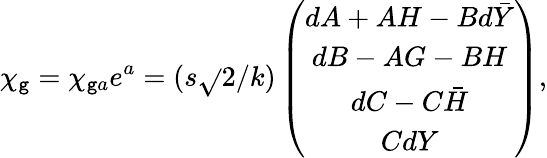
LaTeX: \chi_{\mathtt{g}}=\chi_{\mathtt{g}a}e^{a}=(s\sqrt{}{{2}}/k)\left(\begin{array}{c}{{dA+AH-Bd\bar{Y}}}\\ {{dB-AG-BH}}\\ {{dC-C\bar{H}}}\\ {{CdY}}\end{array}\right),